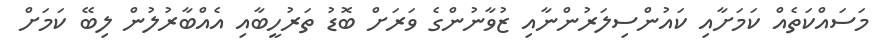
މަސައްކަތެއް ކަމަށާއި ކައުންސިލަރުންނާއި ޒުވާނުންގެ ވަރަށް ބޮޑު ތަރުހީބާއި އެއްބާރުލުން ލިބޭ ކަމަށް